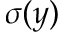
\sigma ( y )